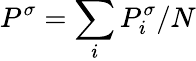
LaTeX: P^{\sigma}=\sum_{i}P_{i}^{\sigma}/N